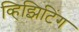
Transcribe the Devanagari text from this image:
व्हिझिटिंग